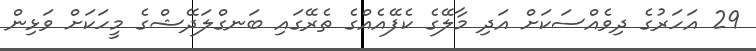
29 އަހަރުގެ ދިވެއްސަކަށް އަދި މާލޭގެ ކެފޭއެއްގެ ތެރޭގައި ބަނގްލަދޭޝްގެ މީހަކަށް ވަޅިން